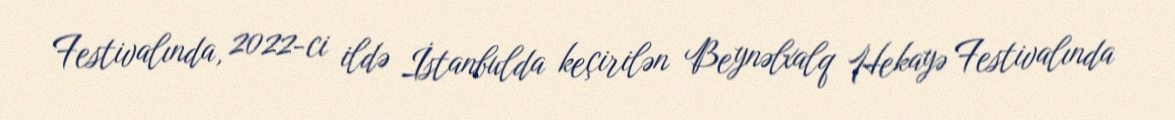
Festivalında, 2022-ci ildə İstanbulda keçirilən Beynəlxalq Hekayə Festivalında